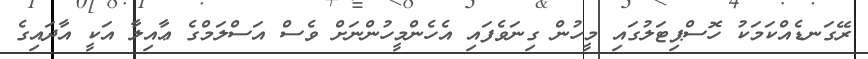
ރޭގަނޑެއްކަމަކު ހޮސްޕިޓަލުގައި މީހުން ގިނަވެފައި އެހެންމީހުންނަށް ވެސް އަސްލަމްގެ ޢާއިލާ އަކީ އާދައިގެ